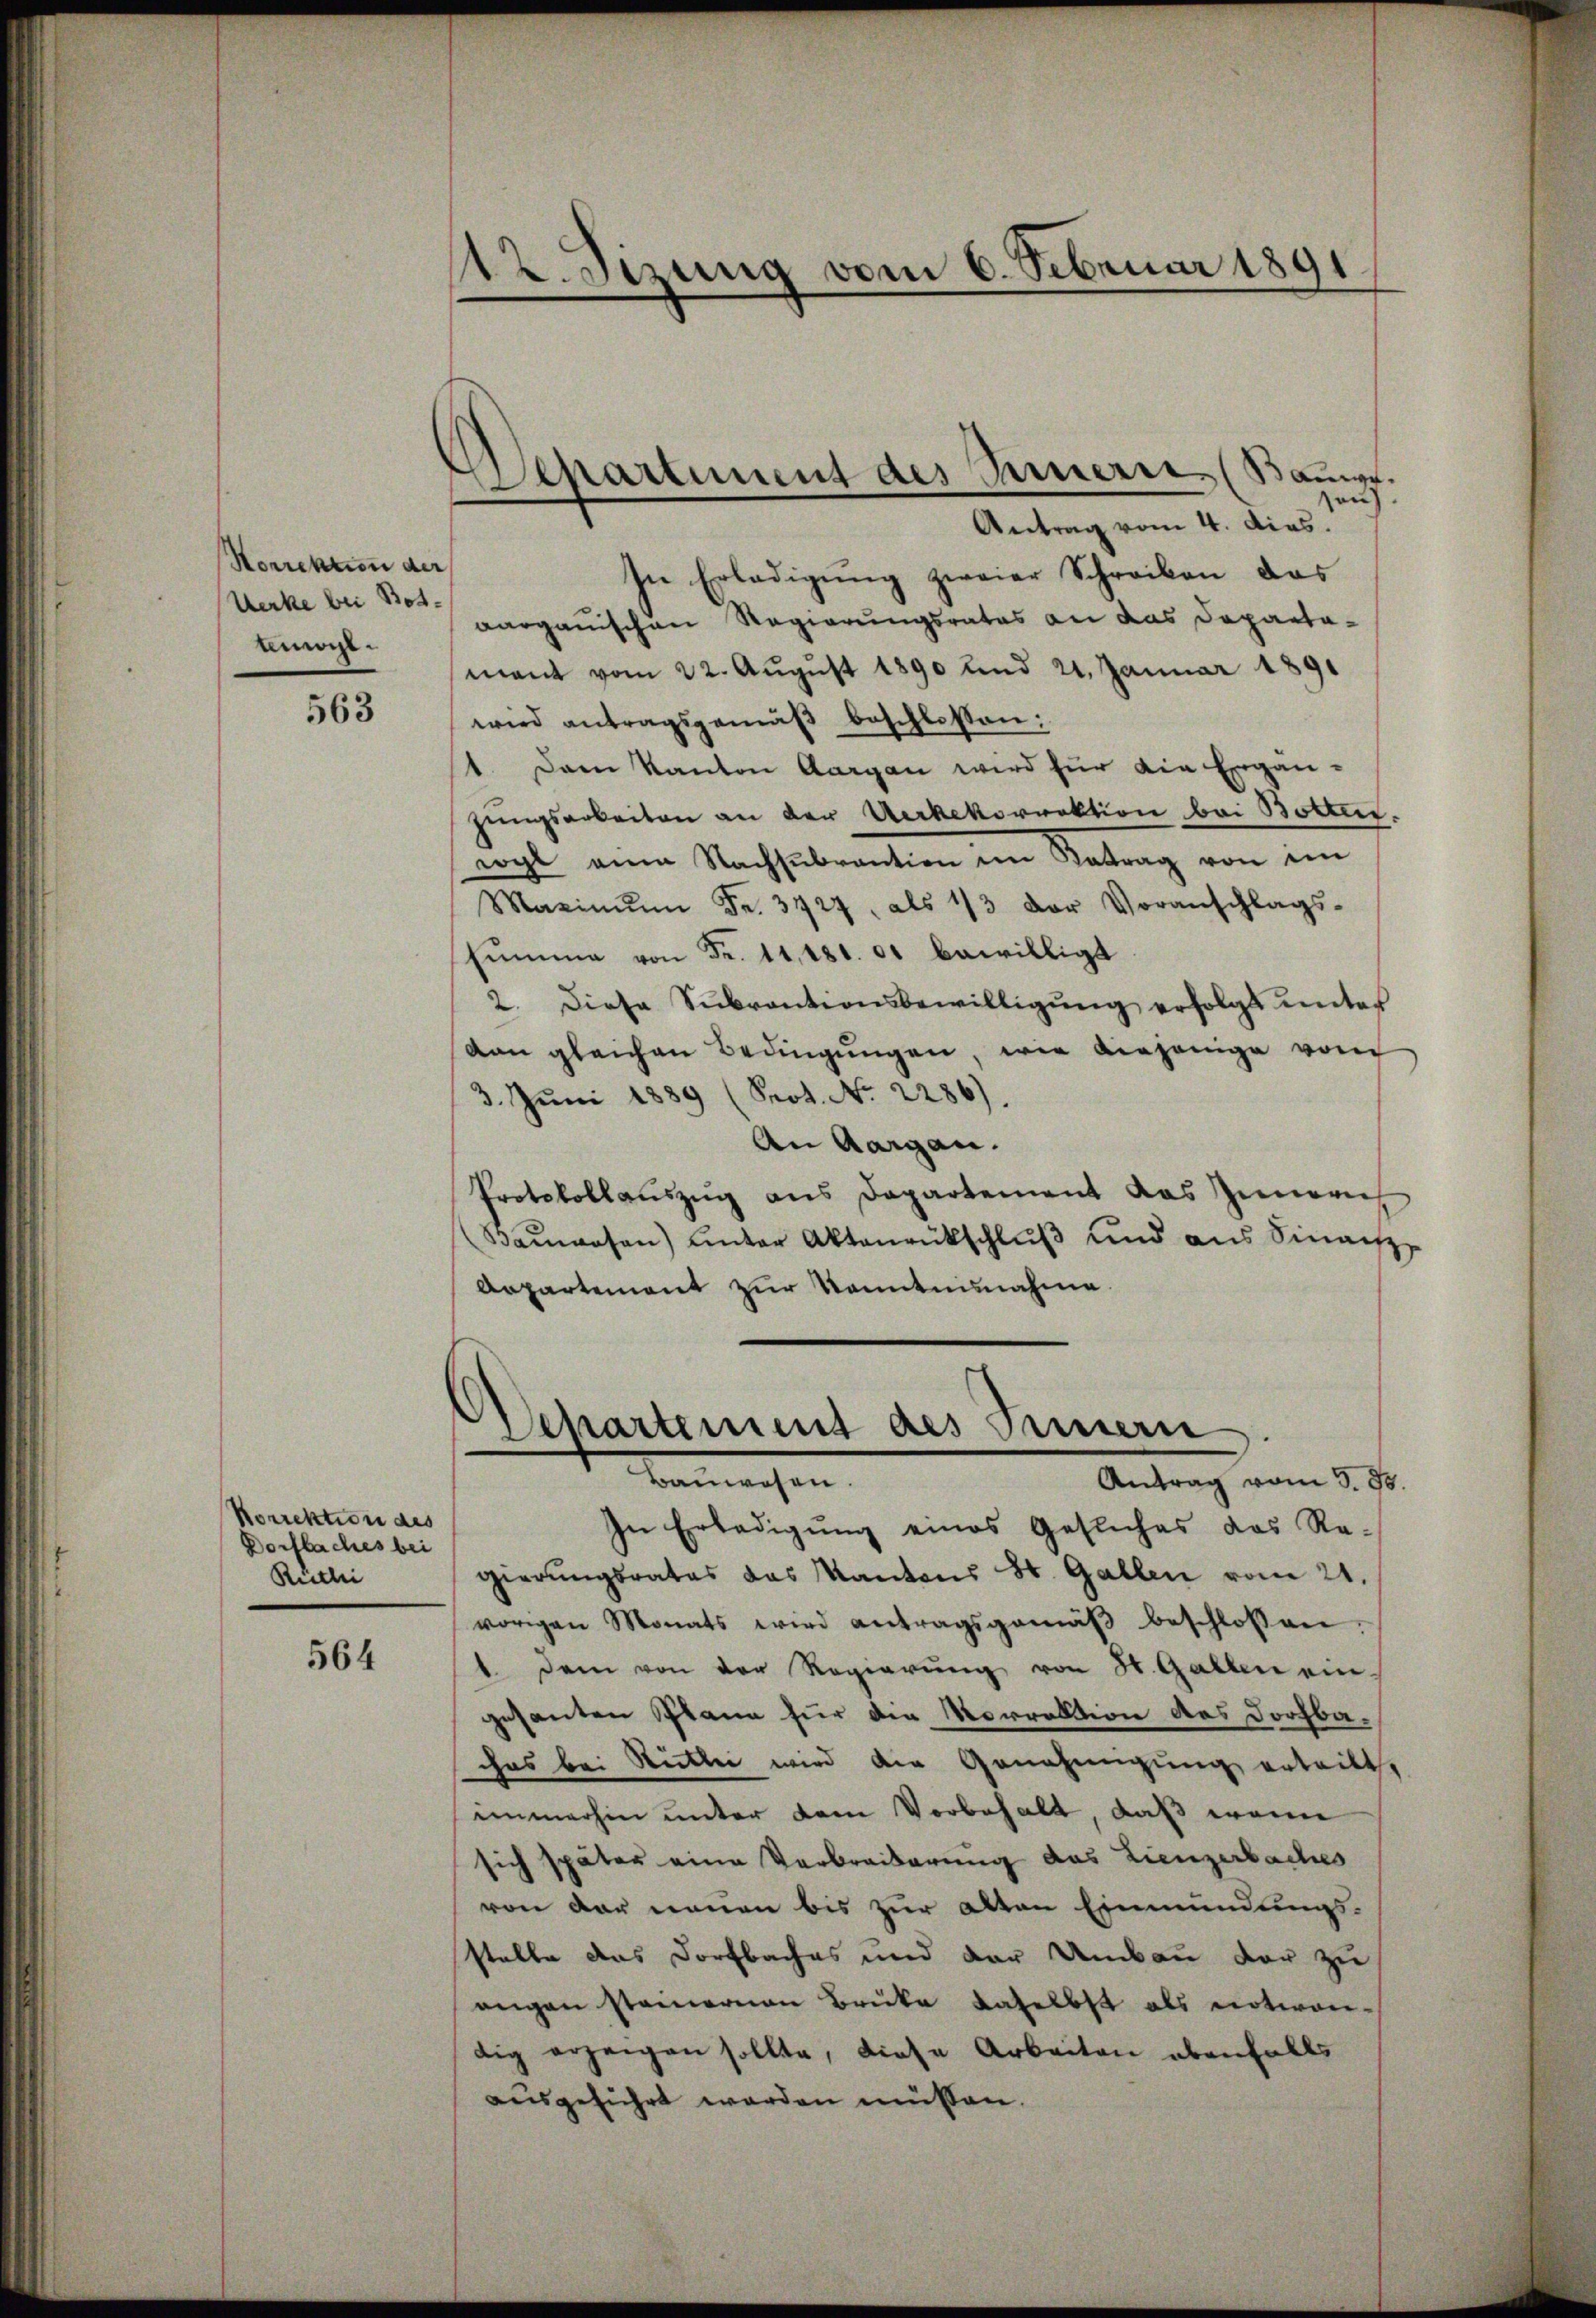
Korrektion der
Werke bei Botlinge.

563

Korrektion des
Dorfbaches bei
Riethei

564

12. Sizung vom 6. Februar 1891

Separtement des Innerei, (Bauwe
Antrag vom 4. dies.

sau
In Erledigung zweier Schreiben das
aargauischen Regierungsrates an das Departamant vom 22. August 1890 und 21. Januar 1891
wird antragsgemäß beschlossen:
1. Dann Kanton Aargau wird für die Ergän-
zungsarbeiten an der Verkekorrektion bei Botten.
wohl eine Nachsubvention im Antrag von in
Maximŭm Fr. 3727, als 1/3 der Voranschlags-
sŭmme von Fr. 11,180. 01 bewilligt
2. Diese Sŭbventionsbewilligŭng erfolgt unter
an gleichen Bedingungen, wie diejenige vom
3. Juni 1889 (Prot. No. 2286)
An Aargau.
Protokollauszug aus Departement das Zinoren,
Baŭwesen) unter Aktenrückschlŭβ und aus Sinanz-
Arpartement zur Kenntnisnahme.

Departement des Innern.
Bauwesen.
Antrag vom 3. Js.

In Erledigŭng eines Gesuches das Re-
gierungsrates das Kantons St. Gallen vom 21.
vorigen Monats wird antragsgemäβ beschlossen.
1. Dem von der Regierung von H. Gallen ein-
gesanten Plann für die Morrektion des Dorfbachas bei Reitbei wird die Genehmigung ertritt.
immerhin unter dem Vorbehalt, daß wenn
sich später eine Verbreiterung das Lienzerbaches
von der neuen bis zur alten Einmündungs-
stalte das Dorfbaches und der Umbau vor zu
angen stamenen Brüke daselbst als notwen-
dig erzeigen sollte, diese Arbeiten ebenfalls
ausgeführt worden müssen.